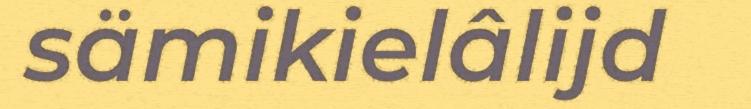
sämikielâlijd